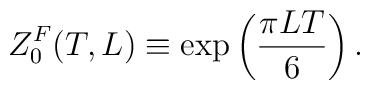
Z_0^F(T,L) \equiv \exp\left(\frac{\pi LT}{6}\right).